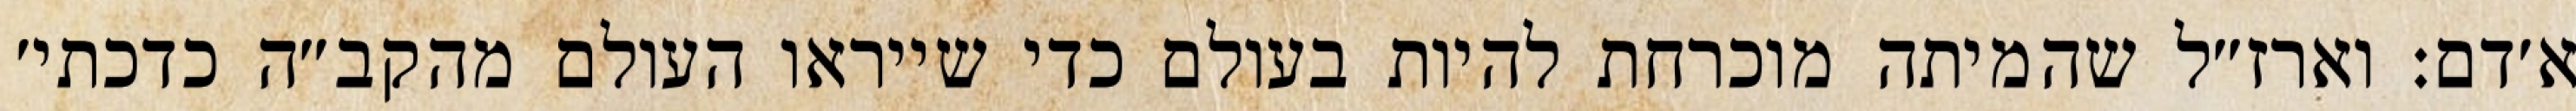
א׳דם: וארז״ל שהמיתה מוכרחת להיות בעולם כדי שייראו העולם מהקב״ה כדכתי׳